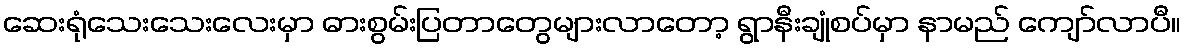
ဆေးရုံသေးသေးလေးမှာ ဓားစွမ်းပြတာတွေများလာတော့ ရွာနီးချုံစပ်မှာ နာမည် ကျော်လာပီ။